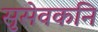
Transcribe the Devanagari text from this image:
सुसेवकनि